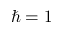
\hbar = 1